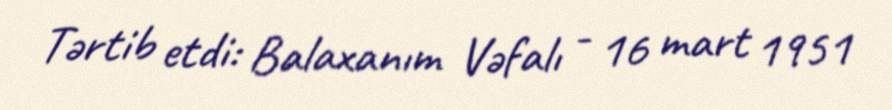
Tərtib etdi: Balaxanım Vəfalı - 16 mart 1951